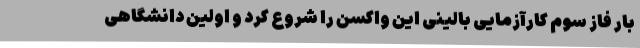
بار فاز سوم کارآزمایی بالینی این واکسن را شروع کرد و اولین دانشگاهی